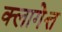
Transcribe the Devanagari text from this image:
क्लागेत्त